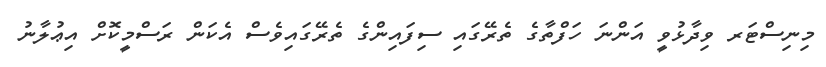
މިނިސްޓަރ ވިދާޅުވީ އަންނަ ހަފްތާގެ ތެރޭގައި ސިފައިންގެ ތެރޭގައިވެސް އެކަން ރަސްމީކޮށް އިޢުލާނު